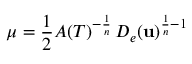
\mu = \frac 1 2 A ( T ) ^ { - \frac { 1 } { n } } \, D _ { e } ( \mathbf u ) ^ { \frac { 1 } { n } - 1 }